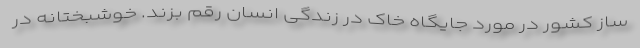
ساز کشور در مورد جایگاه خاک در زندگی انسان رقم بزند. خوشبختانه در